system: You are a helpful assistant.
user:
Analyze the provided spectrum to determine if it is a **S-type Star**.

- **Key Indicators for S-type Star:**

    - **(Overall Spectrum Shape):** The first and most obvious characteristic is the overall continuum (the "baseline" shape). It is **extremely "red-sloping,"** meaning the flux (light intensity) is very low on the left side (blue, ~4000-4500 Å) and rises steeply and continuously toward the right side (red, ~7000 Å+).

    - **(Primary):** The spectrum is defined by the presence of strong, broad molecular absorption "valleys" (bands) from **Zirconium Oxide (ZrO)**. The identification of these bands is the **primary requirement** for classifying a star as S-type.
        - **(Key Bandheads):** You must find distinct, deep "dips" where the light has been absorbed. The most critical band systems to locate are:
            - **~6474 Å** ($\gamma$-system): This is often the strongest and clearest ZrO feature, found in the red part of the spectrum.
            - **~5718 Å** & **~5551 Å** ($\beta$-system): A pair of prominent absorption features in the yellow-orange part of the spectrum.
            - **~4640 Å** ($\alpha$-system): A key absorption band system in the blue-green region of the spectrum.

    - **(Secondary Confirmation):** The classification is strengthened by finding additional absorption bands from other related heavy element oxides, which are expected to be present alongside ZrO.
        - **(Key Bandheads):**
            - **Yttrium Oxide (YO):** Look for absorption dips near **~4800 Å** and **~6100 Å**.
            - **Lanthanum Oxide (LaO):** Additional absorption features, particularly in the red-orange part of the spectrum, are also characteristic.

    - **(Line Profile):** The combination of the steep red continuum and these numerous, deep molecular bands (ZrO, YO, etc.) gives the entire spectrum a very **"chopped-up"** or **"bumpy"** appearance. Instead of a smooth curve, the spectrum looks as though large, wide chunks of light have been "carved out" of it at the specific wavelengths listed above.

Think first, call **spectral_visualization_tool** if needed to examine features in detail, then provide your final answer. Your response must adhere to the following strict rules:
1.  **Overall Structure:** Your response must follow the format `<think>...</think> <tool_call>...</tool_call> (if a tool is used) <answer>...</answer>`.
2.  **Tool Usage Constraint:** You may only make **one** tool call per turn.
3.  **Final Answer Format:** In the `<answer>` tag, your conclusion must be inside a `\boxed{}` command (e.g., `\boxed{YES}` or `\boxed{NO}`), followed by your justification.

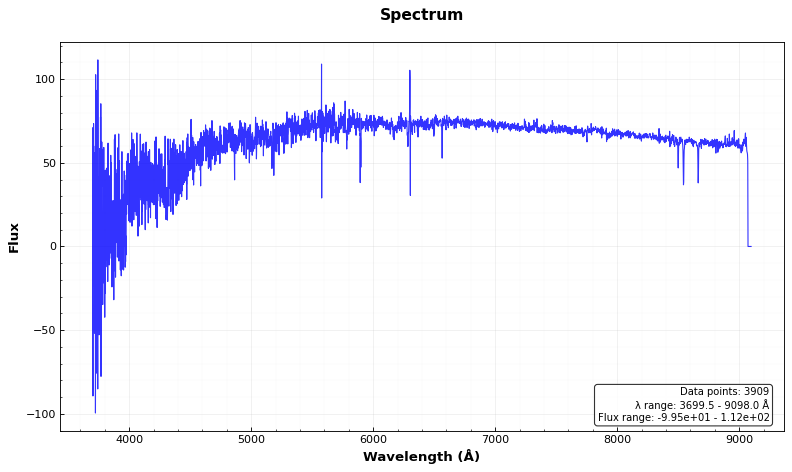
Answer: NO